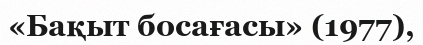
«Бақыт босағасы» (1977),